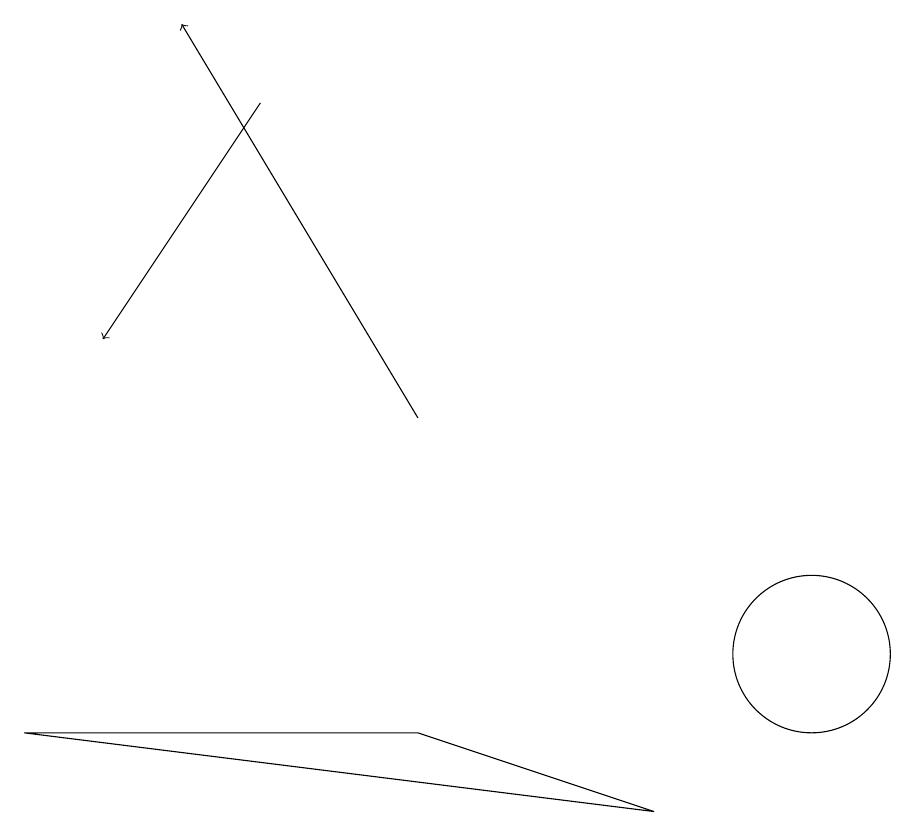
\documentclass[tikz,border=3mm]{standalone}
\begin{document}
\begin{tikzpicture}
\draw (9,8) -- (1,9) -- (6,9) -- cycle;
\draw[->] (4,17) -- (2,14);
\draw[->] (6,13) -- (3,18);
\draw (11,10) circle (1);
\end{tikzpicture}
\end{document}